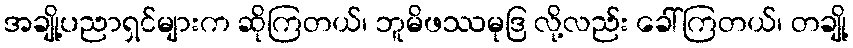
အချို့ပညာရှင်များက ဆိုကြတယ်၊ ဘူမိဖဿမုဒြ လို့လည်း ခေါ်ကြတယ်၊ တချို့